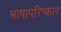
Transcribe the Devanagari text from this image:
भाषापरिष्कार